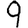
Digit: 9